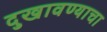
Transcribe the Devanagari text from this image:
दुखावण्याचा